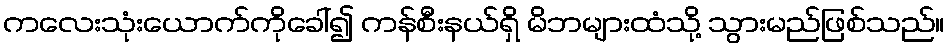
ကလေးသုံးယောက်ကိုခေါ်၍ ကန်စီးနယ်ရှိ မိဘများထံသို့ သွားမည်ဖြစ်သည်။